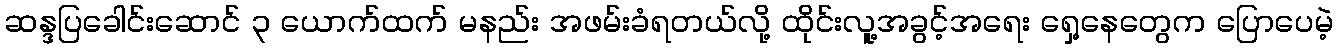
ဆန္ဒပြခေါင်းဆောင် ၃ ယောက်ထက် မနည်း အဖမ်းခံရတယ်လို့ ထိုင်းလူ့အခွင့်အရေး ရှေ့နေတွေက ပြောပေမဲ့